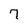
Character: 7